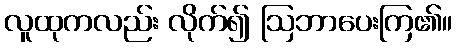
လူထုကလည်း လိုက်၍ ဩဘာပေးကြ၏။